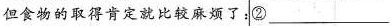
但食物的取得肯定就比较麻烦了:②___，